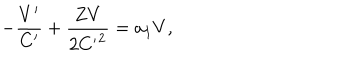
- \frac { V ^ { \prime } } { C ^ { \prime } } + \frac { Z V } { 2 { C ^ { \prime } } ^ { 2 } } = a _ { 1 } V ,